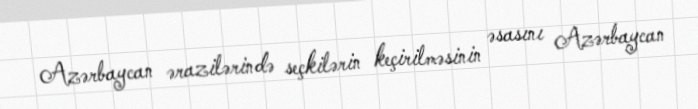
Azərbaycan ərazilərində seçkilərin keçirilməsinin əsasını Azərbaycan